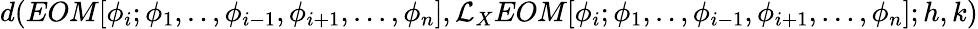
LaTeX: d(EOM[\phi_{i};\phi_{1},..,\phi_{i-1},\phi_{i+1},...,\phi_{n}],\mathcal{L}_{X}EOM[\phi_{i};\phi_{1},..,\phi_{i-1},\phi_{i+1},...,\phi_{n}];h,k)